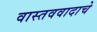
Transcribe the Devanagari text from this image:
वास्तववादाचे